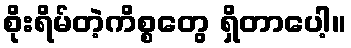
စိုးရိမ်တဲ့ကိစ္စတွေ ရှိတာပေါ့။